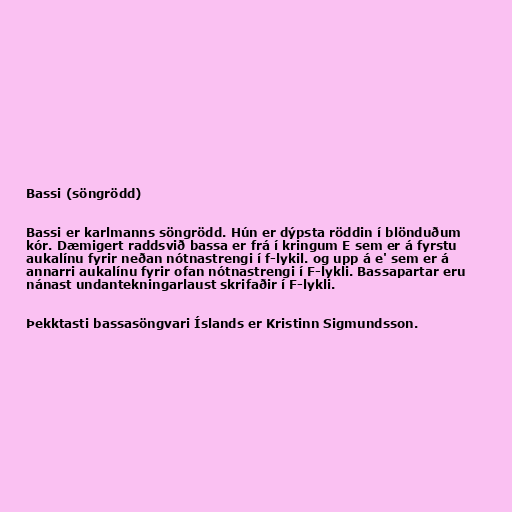
Bassi (söngrödd)

Bassi er karlmanns söngrödd. Hún er dýpsta röddin í blönduðum
kór. Dæmigert raddsvið bassa er frá í kringum E sem er á fyrstu
aukalínu fyrir neðan nótnastrengi í f-lykil. og upp á e' sem er á
annarri aukalínu fyrir ofan nótnastrengi í F-lykli. Bassapartar eru
nánast undantekningarlaust skrifaðir í F-lykli.

Þekktasti bassasöngvari Íslands er Kristinn Sigmundsson.